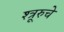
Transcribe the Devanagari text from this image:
श्त्रूरुचे